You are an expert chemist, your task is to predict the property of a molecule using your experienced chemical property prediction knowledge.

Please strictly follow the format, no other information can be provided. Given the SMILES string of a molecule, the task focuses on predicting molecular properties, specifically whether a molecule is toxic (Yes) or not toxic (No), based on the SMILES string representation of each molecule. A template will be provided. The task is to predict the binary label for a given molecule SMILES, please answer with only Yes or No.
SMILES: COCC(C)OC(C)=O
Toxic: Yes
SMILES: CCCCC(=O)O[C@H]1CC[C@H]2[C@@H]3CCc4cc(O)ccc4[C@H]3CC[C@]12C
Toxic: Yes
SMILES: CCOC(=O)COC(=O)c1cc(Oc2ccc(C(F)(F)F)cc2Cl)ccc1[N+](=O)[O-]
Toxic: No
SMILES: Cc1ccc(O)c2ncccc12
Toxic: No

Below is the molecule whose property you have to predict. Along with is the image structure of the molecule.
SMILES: C[C@@H](O)[C@H]1C(=O)N2C(C(=O)O)=C(S[C@@H]3CN[C@H](CNS(N)(=O)=O)C3)[C@H](C)[C@H]12
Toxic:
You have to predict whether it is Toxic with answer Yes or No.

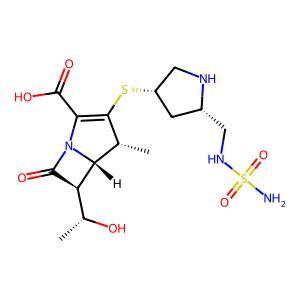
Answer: No